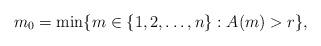
LaTeX: \begin{align*}m_0= \min\{m\in\{1,2,\ldots,n\}: A(m)> r\},\end{align*}